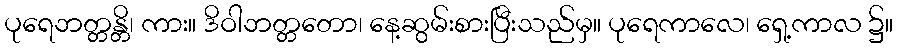
ပုရေဘတ္တန္တိ၊ ကား။ ဒိဝါဘတ္တတော၊ နေ့ဆွမ်းစားပြီးသည်မှ။ ပုရေကာလေ၊ ရှေ့ကာလ ၌။